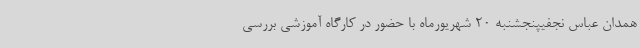
همدان عباس نجفیپنجشنبه 20 شهریورماه با حضور در کارگاه آموزشی بررسی